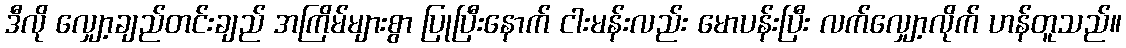
ဒီလို လျှော့ချည်တင်းချည် အကြိမ်များစွာ ပြုပြီးနောက် ငါးမန်းလည်း မောပန်းပြီး လက်လျှော့လိုက် ဟန်တူသည်။